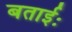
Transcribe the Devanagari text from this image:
बताईः